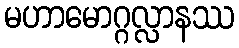
မဟာမောဂ္ဂလ္လာနဿ